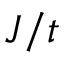
J / t